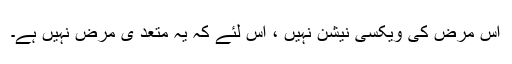
اس مرض کی ویکسی نیشن نہیں ، اس لئے کہ یہ متعد ی مرض نہیں ہے۔